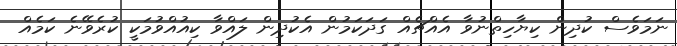
ނަމަވެސް ކުދިން ކިޔާހިތްނުވާ އެއްޗެއް ގަދަކަމުން އެކުދިން ލައްވާ ކިއުއްވުމަކީ ކުރެވޭނެ ކަމެއް